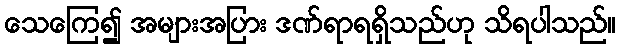
သေကြေ၍ အများအပြား ဒဏ်ရာရရှိသည်ဟု သိရပါသည်။